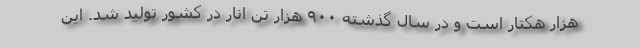
هزار هکتار است و در سال گذشته ۹۰۰ هزار تن انار در کشور تولید شد. این